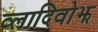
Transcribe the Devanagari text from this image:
व्लादिवोझ